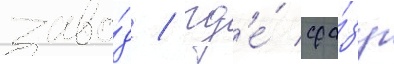
заво́д / гд'е́ сра́зу